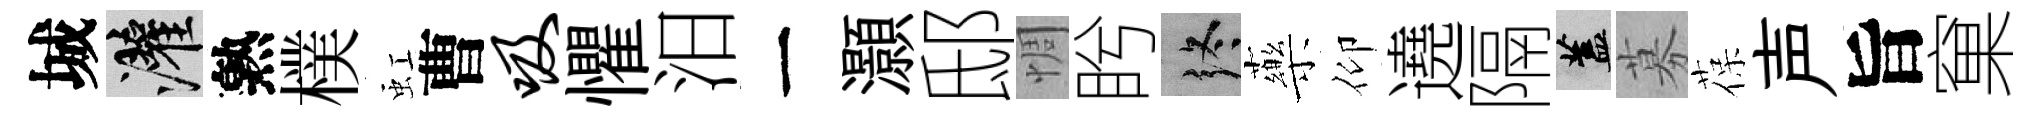
城灌熟樸虹曹吸懼汨一灝邸惆盻终藥仰遶隔蓋募葆声旨窠